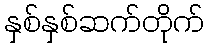
နှစ်နှစ်ဆက်တိုက်